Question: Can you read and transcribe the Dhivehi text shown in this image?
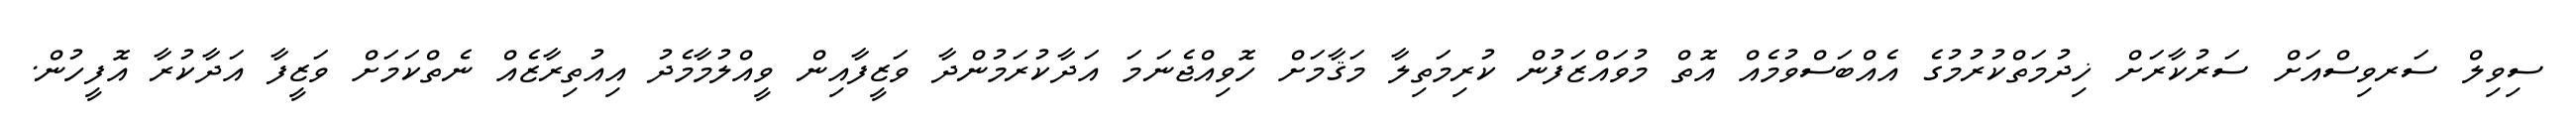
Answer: ސިވިލް ސަރވިސްއަށް ސަރުކާރަށް ޚިދުމަތްކުރުމުގެ އެއްބަސްވުމެއް އޮތް މުވައްޒަފުން ކުރިމަތިލާ މަޤާމަށް ހޮވިއްޖެނަމަ އަދާކުރަމުންދާ ވަޒީފާއިން ވީއްލުމާމެދު އިއުތިރާޒެއް ނެތްކަމަށް ވަޒީފާ އަދާކުރާ އޮފީހުން.